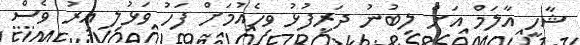
ޝާހީ އާލަމް އަށް ލިބުނު ދަރިފުޅު ވިހެއުމަށް ފަހު ވަޅުލި އިރު ވެސް